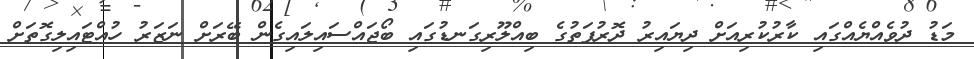
މަޑު ދުވެއްޔެއްގައި ކާރުކުރިއަށް ދިޔައިރު ދޮރުފަތުގެ ބިއްލޫރިގަނޑުގައި ބޯޖައްސައިލައިގެން ބޭރަށް ނަޒަރު ހުއްޓައިލިގޮތަށް